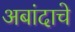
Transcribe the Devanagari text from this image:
अबांदाचे